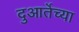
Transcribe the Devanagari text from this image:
दुआर्तेच्या